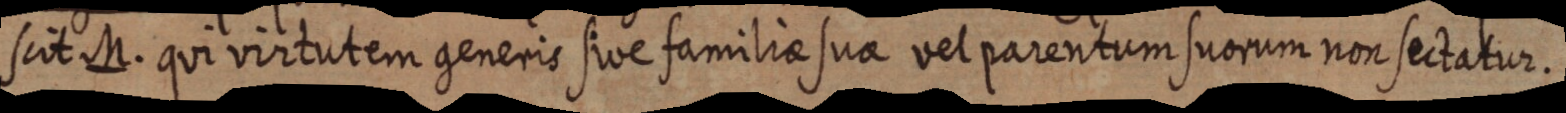
scit M. qui virtutem generis sive familiae sua vel parentum suorum non sectatur.